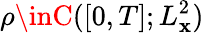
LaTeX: \rho\inC([0,T];L_{\mathbf{x}}^{2})